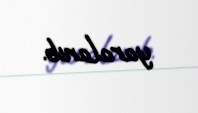
yaralanıb.